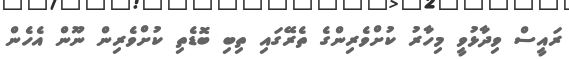
ރައީސް ވިދާޅުވީ މިހާރު ކުށްވެރިންގެ ތެރޭގައި ތިބި ބޮޑެތި ކުށްވެރިން ނޫން އެހެން